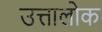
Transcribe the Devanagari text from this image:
उत्तालोक